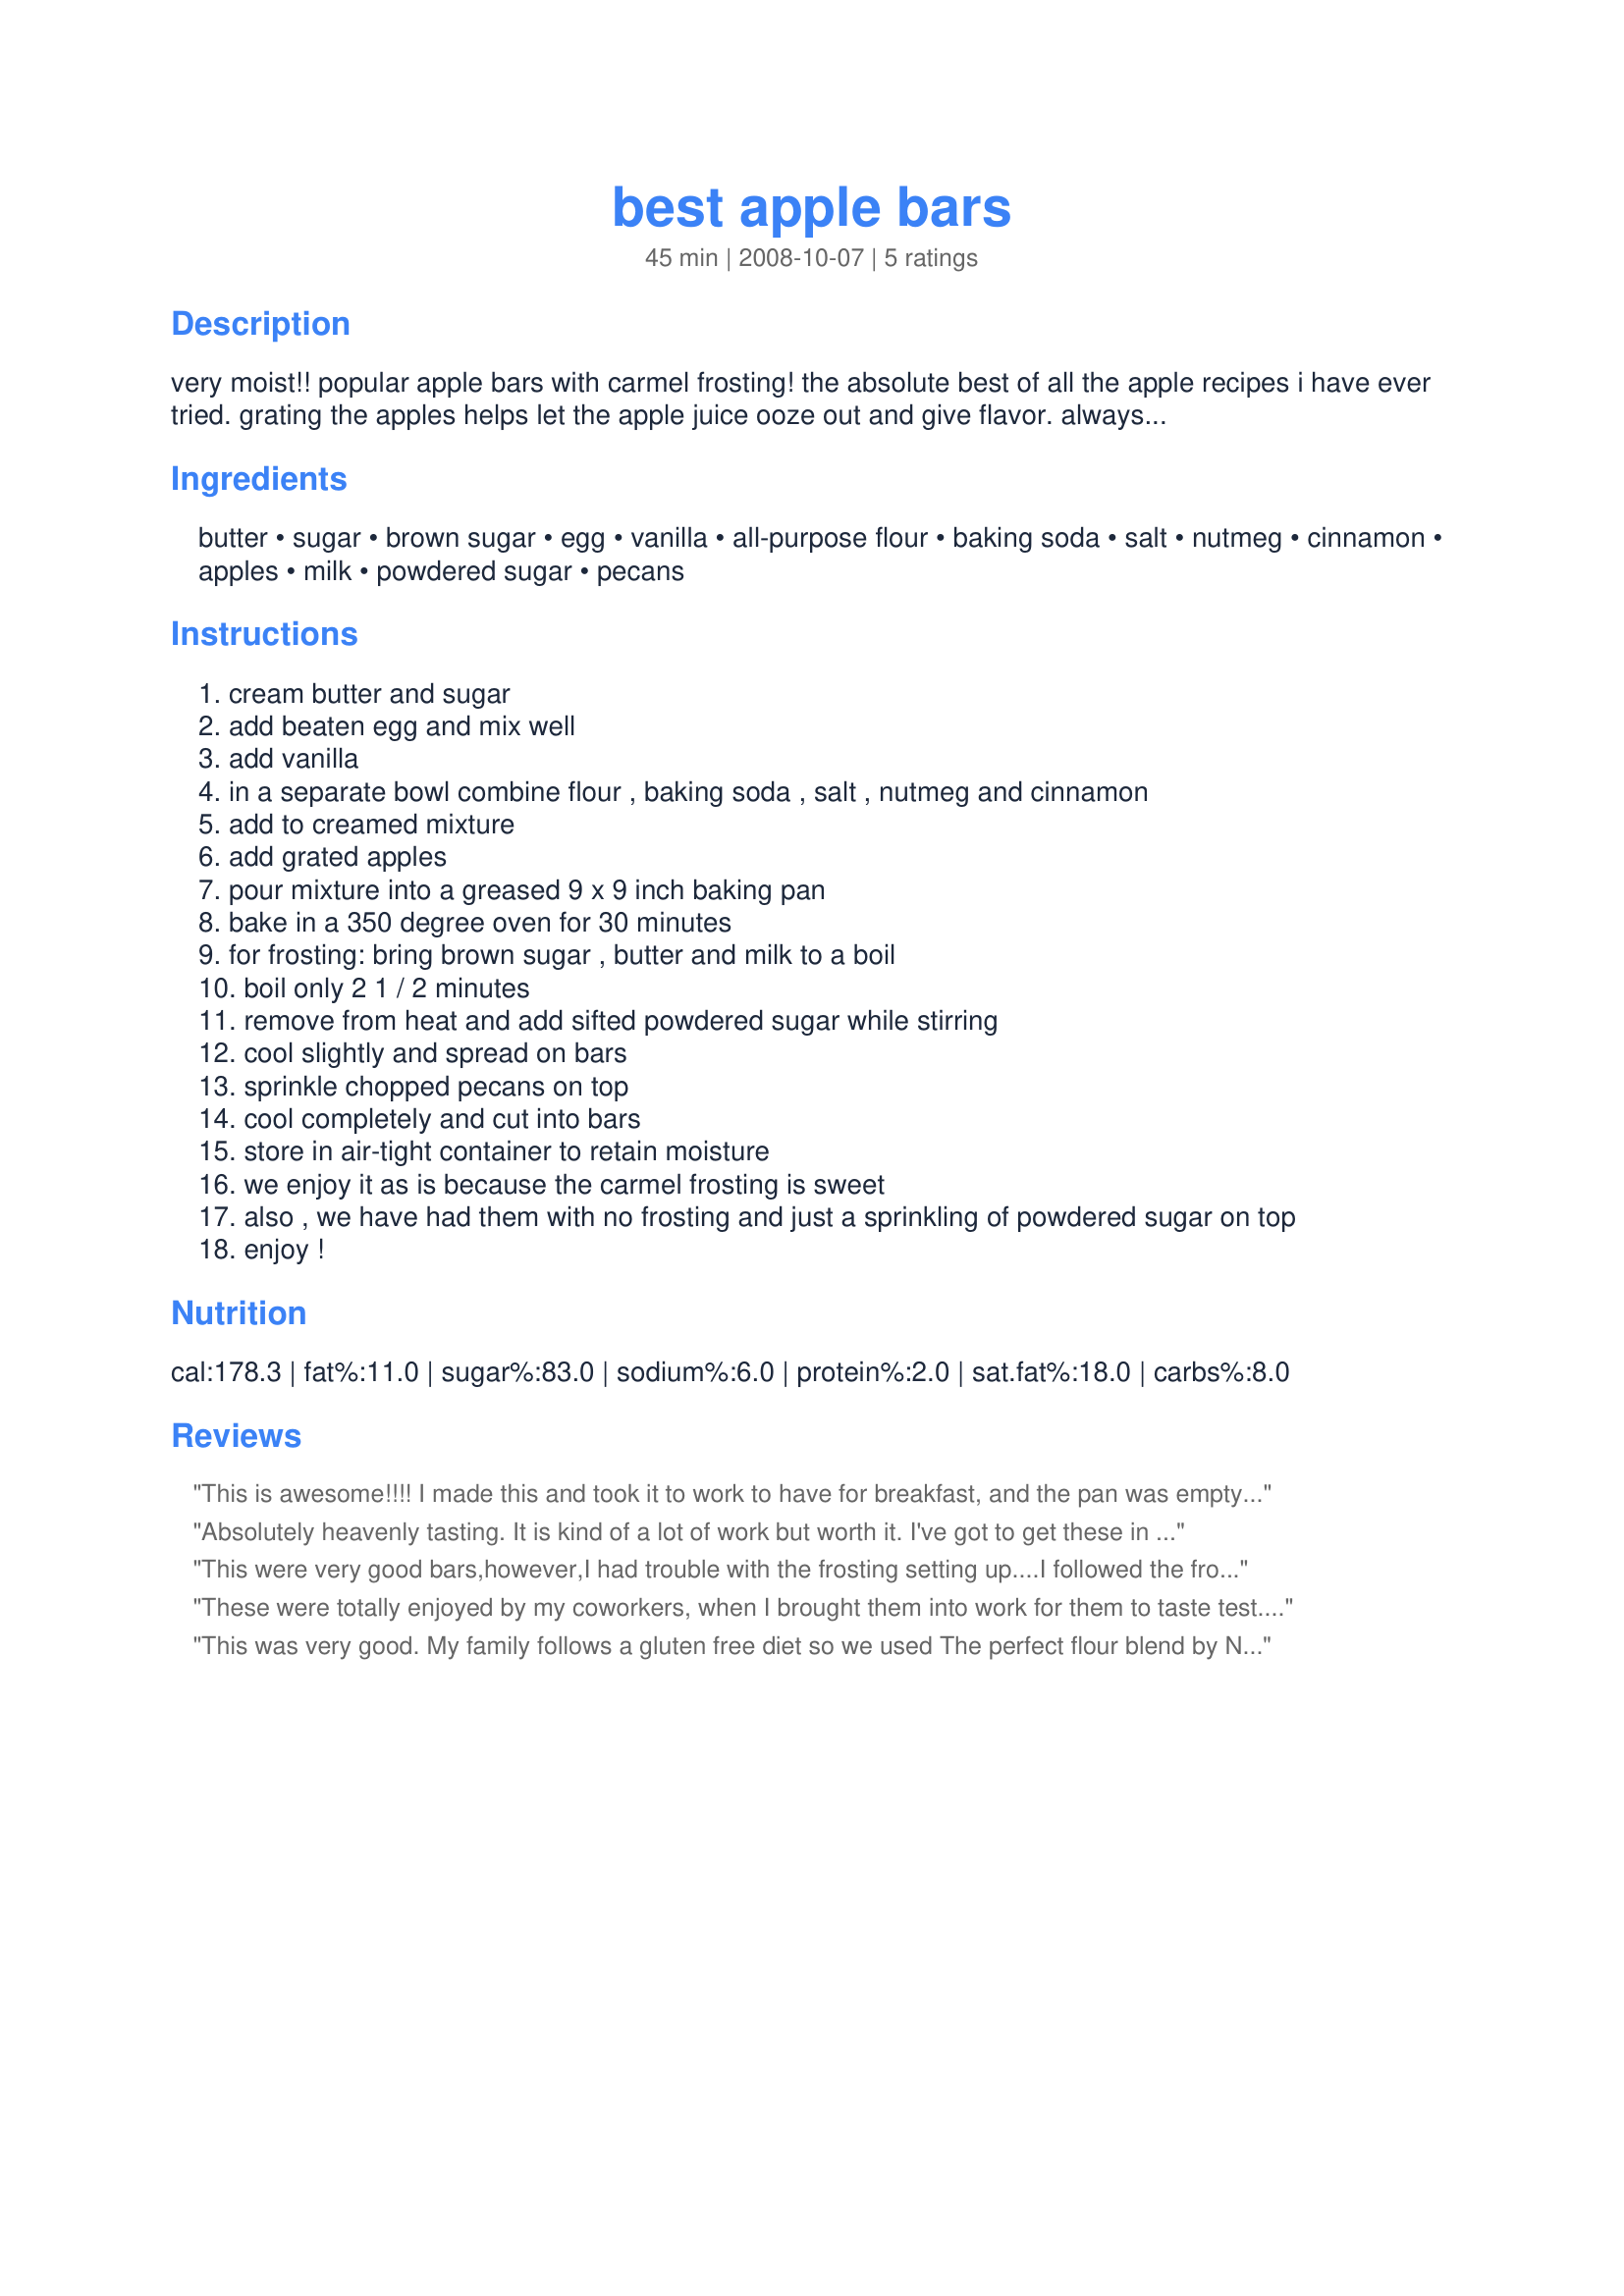
best apple bars
Preparation time: 45 minutes

very moist!! popular apple bars with carmel frosting! the absolute best of all the apple recipes i have ever tried. grating the apples helps let the apple juice ooze out and give flavor. always a winner. so yummy you'll smack your lips!! a good item to have with your coffee at snack time!

Ingredients:
butter, sugar, brown sugar, egg, vanilla, all-purpose flour, baking soda, salt, nutmeg, cinnamon, apples, milk, powdered sugar, pecans

Steps:
cream butter and sugar
add beaten egg and mix well
add vanilla
in a separate bowl combine flour , baking soda , salt , nutmeg and cinnamon
add to creamed mixture
add grated apples
pour mixture into a greased 9 x 9 inch baking pan
bake in a 350 degree oven for 30 minutes
for frosting: bring brown sugar , butter and milk to a boil
boil only 2 1 / 2 minutes
remove from heat and add sifted powdered sugar while stirring
cool slightly and spread on bars
sprinkle chopped pecans on top
cool completely and cut into bars
store in air-tight container to retain moisture
we enjoy it as is because the carmel frosting is sweet
also , we have had them with no frosting and just a sprinkling of powdered sugar on top
enjoy !

Reviews:
This is awesome!!!! I made this and took it to work to have for breakfast, and the pan was empty in 15 minutes! Thank you for posting!
Absolutely heavenly tasting. It is kind of a lot of work but worth it. I've got to get these in the freezer quickly or else I will keep eating them until I feel like I am going to explode! They are that 'eat them until you get sick' good. I did use 5 heaping tablespoons of powdered sugar in the caramel nut frosting. Without the extra 2 tablespoons of powdered sugar, I felt the frosting would be too thin.
This were very good bars,however,I had trouble with the frosting setting up....I followed the frosting instructions as directed and had to add at least a cup of icing sugar to have what I consider to be<br/>a glaze instead of a frosting....I even returned it to the stove at one point and allowed it to boil for 4 minutes,to no avail....I spread the glaze onto the bars and sent these with my son to a potluck lunch at his workplace...He told me later on that they were a hit!....I made these bars again for our family using a brown sugar frosting recipe that I had and they were very,very good...the kids loved them....What I did was,I boiled the brown sugar and butter for 2 and a half minutes,removed from heat;stirred in the milk and allowed to cool somewhat before adding a half cup of icing sugar.....As the frosting cools further,it begins to thicken....The kids want me to make these again....Thank You,Seasoned Cook for a very tasty recipe!
These were totally enjoyed by my coworkers, when I brought them into work for them to taste test. They got 5 stars from everyone (about 12 people) so I guess you know they were eaten and enjoyed! I had to print off recipes to pass out to them, because everyone wanted to try them for themselves! Yummie!
This was very good. My family follows a gluten free diet so we used The perfect flour blend by Namaste instead of flour. We also did not use the pecans because of a nut allergy. It was moist and perfect. I will be making it again and again.
